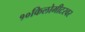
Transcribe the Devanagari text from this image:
१०किलोमीटरवर